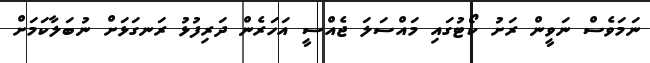
ނަމަވެސް ނަވީން ރަށު ކޯޓުގައި މައްސަލަ ޖެއްސީ އަހަރެން ދަރިފުޅު ރަނގަޅަށް ނުބަލާކަމަށް